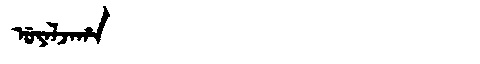
Manchu: ᡠᠶᠠᠯᠵᠠᡥᠠ
Romanization: UYALJAHA